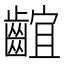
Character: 𪘲